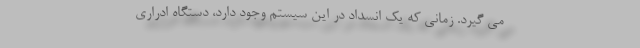
می گیرد. زمانی که یک انسداد در این سیستم وجود دارد، دستگاه ادراری